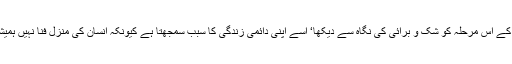
مسلمان زندگی کے اس مرحلہ کو شک و برائی کی نگاہ سے دیکھا‘ اسے اپنی دائمی زندگی کا سبب سمجھتا ہے کیونکہ انسان کی منزل فنا نہیں ہمیشہ کی بقاء ہے۔